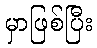
မှာဖြစ်ပြီး